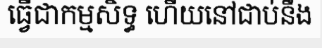
ធ្វើជាកម្មសិទ្ធ ហើយនៅជាប់នឹង